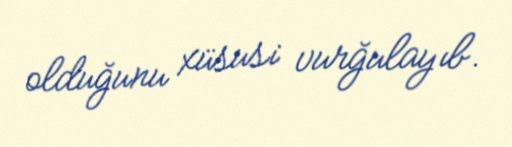
olduğunu xüsusi vurğulayıb.